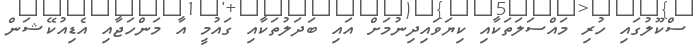
ސްކޫލުގައި ހުރި މައްސަލަތަކާއި ކިޔަވައިދިނުމަށް އައި ބަދަލުތަކާއި ގައުމީ އާ މަންހަޖާއި އެޑިއުކޭޝަން